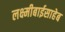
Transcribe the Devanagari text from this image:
लक्ष्मीबाईसाहेब